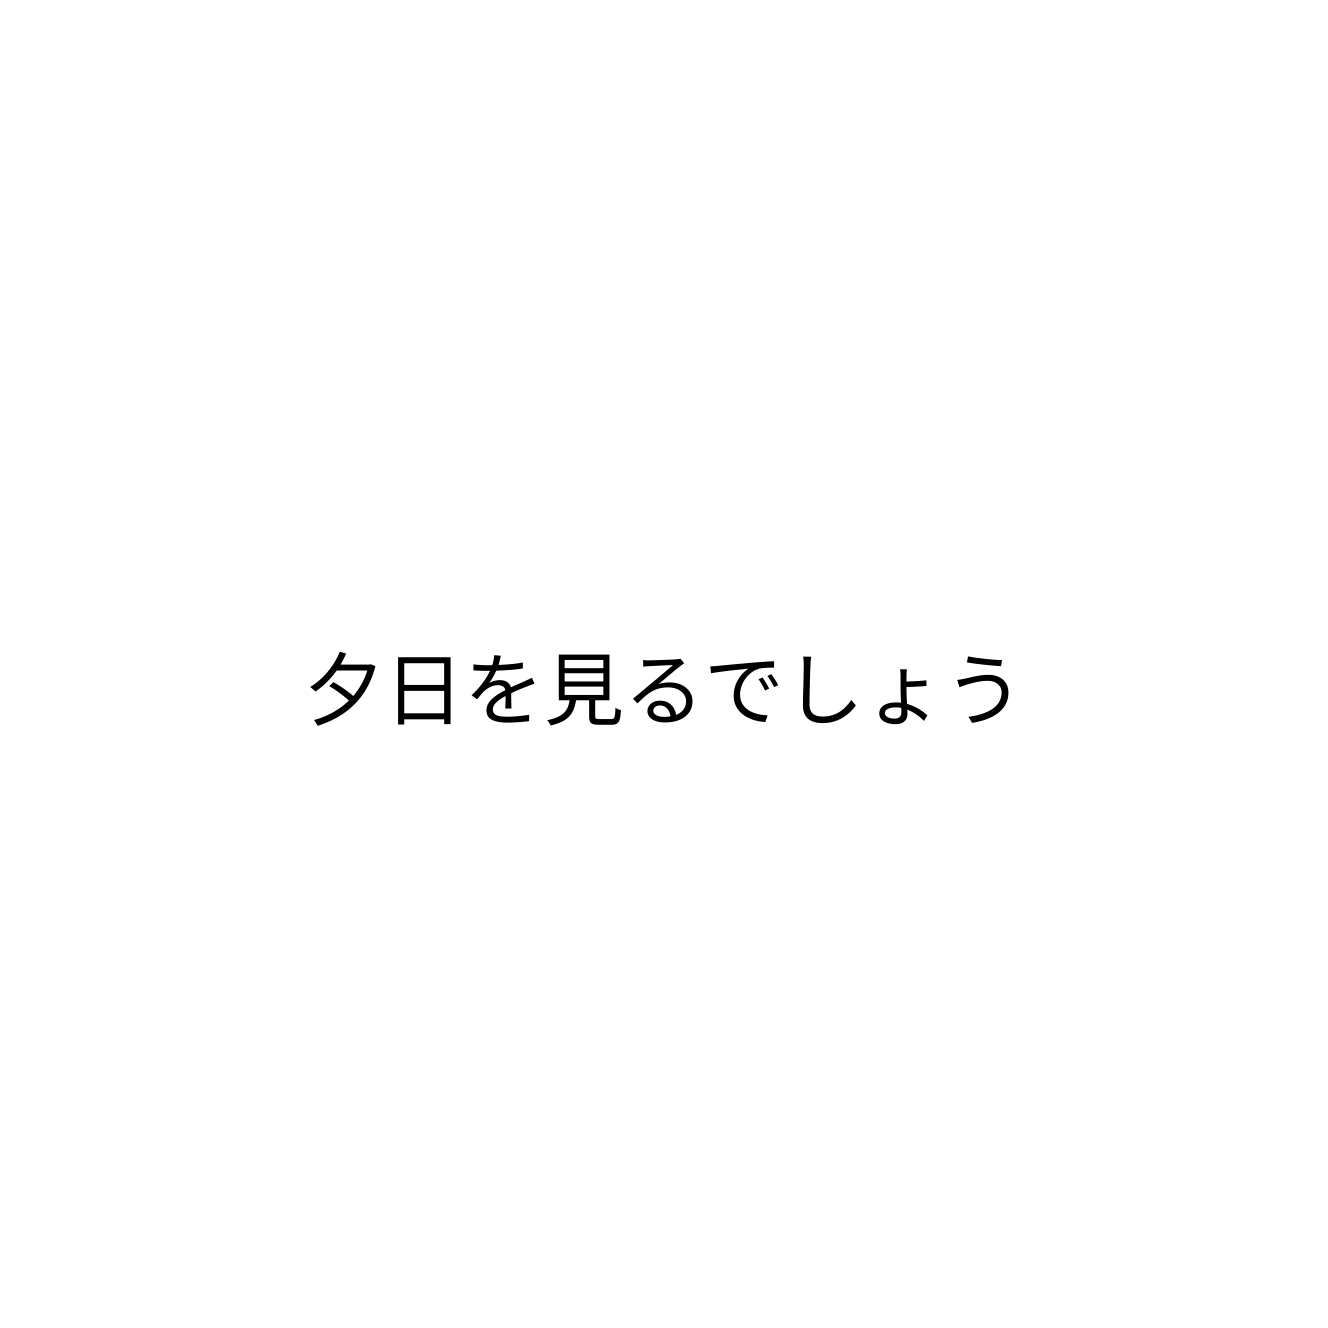
夕日を見るでしょう